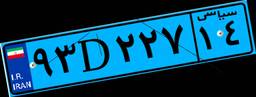
۰۱D۹۰۷۸۴